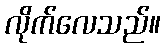
လိုက်လေသည်။